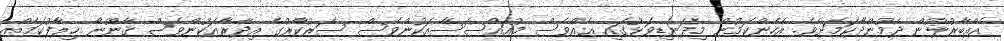
އެއްބާރުލުން ދެމުންދާކަމަށެވެ. އެހެންކަމުން މިދަނޑިވަޅުގައި އެއްވެސް މުއައްސަސާއަކުންވެސް ސަރުކާރުގެ އިދާރާއަކުންވެސް ޤާނޫނާ ޚިލާފުކަމެއް